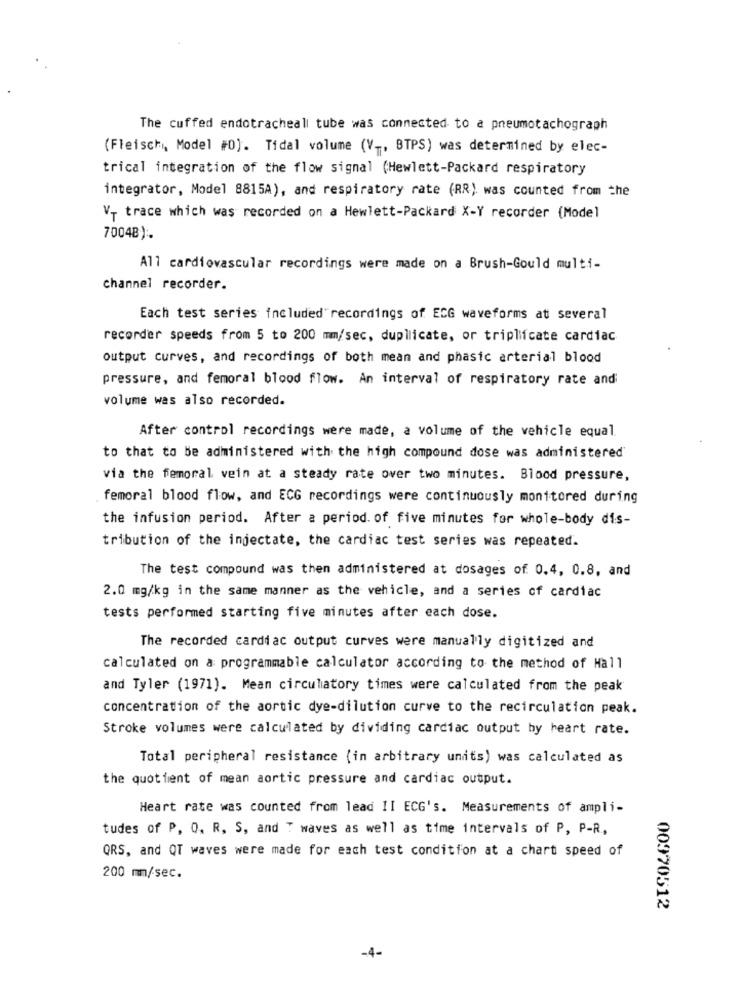
The cuffed endotracheall tube was connected to a pneumotachograph
(Fleisch, Model #0). Tidal volume (V ., BTPS) was determined by elec-
trical integration of the flow signal (Hewlett-Packard respiratory
integrator, Model 8815A), and respiratory rate (RR) was counted from the
V- trace which was recorded on a Hewlett-Packard X-Y recorder (Model
7004B) :.
All cardiovascular recordings were made on a Brush-Gould multi-
channel recorder.
Each test series included recordings of ECG waveforms at several
recorder speeds from 5 to 200 mm/sec, duplicate, or triplicate cardiac
output curves, and recordings of both mean and phasic arterial blood
pressure, and femoral blood flow. An interval of respiratory rate and
volume was also recorded.
After control recordings were made, a volume of the vehicle equal.
to that to be administered with the high compound dose was administered
via the femoral vein at a steady rate over two minutes. Blood pressure,
femoral blood flow, and ECG recordings were continuously monitored during
the infusion period. After a period. of five minutes for whole-body dis-
tribution of the injectate, the cardiac test series was repeated.
The test compound was then administered at dosages of 0.4, 0.8, and
2.0 mg/kg in the same manner as the vehicle, and a series of cardiac
tests performed starting five minutes after each dose.
The recorded cardiac output curves were manually digitized and
calculated on a programmable calculator according to the method of Hall
and Tyler (1971). Mean circulatory times were calculated from the peak
concentration of the aortic dye-dilution curve to the recirculation peak.
Stroke volumes were calculated by dividing cardiac output by heart rate.
Total peripheral resistance (in arbitrary units) was calculated as
the quot fient of mean aortic pressure and cardiac output.
Heart rate was counted from lead II ECG's. Measurements of ampli-
tudes of P. O. R. S, and ? waves as well as time intervals of P, P-R,
QRS, and QT waves were made for each test condition at a chart speed of
200 mm/sec.
00970512
-4-